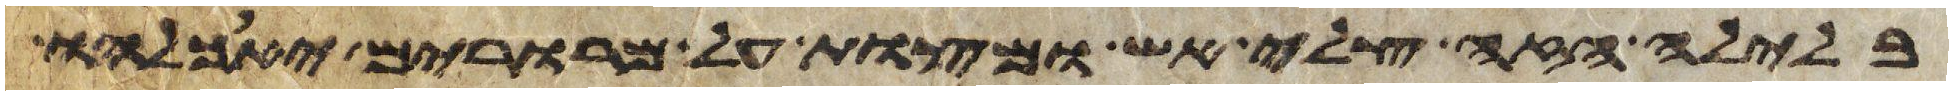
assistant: בלילה הזה צלי אש ומצות על מררים יאכלהו